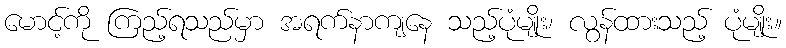
မောင့်ကို ကြည့်ရသည်မှာ အရက်နာကျနေ သည့်ပုံမျိုး၊ လွန်ထားသည့် ပုံမျိုး။